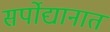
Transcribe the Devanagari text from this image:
सर्पोद्यानात